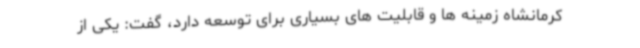
کرمانشاه زمینه ها و قابلیت های بسیاری برای توسعه دارد، گفت: یکی از